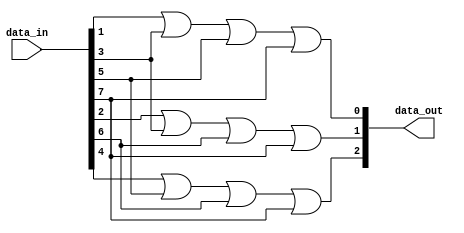
// Template for problem d

module eight_three_enc(data_out, data_in);
	output [2:0] data_out;
	input [7:0] data_in;
	
	or o0(data_out[0], data_in[1], data_in[3], data_in[5], data_in[7]);
	or o1(data_out[1], data_in[2], data_in[3], data_in[6], data_in[7]);
	or o2(data_out[2], data_in[4], data_in[5], data_in[6], data_in[7]);
	
endmodule